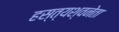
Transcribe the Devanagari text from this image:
हस्त्यश्वनेता